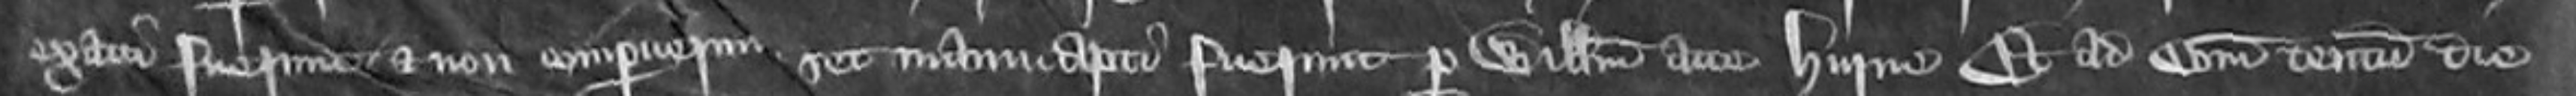
exacti fuerunt et non comperuerunt et manucapti fuerunt per Willelmum atte Hurme et ad comitatum tentum die